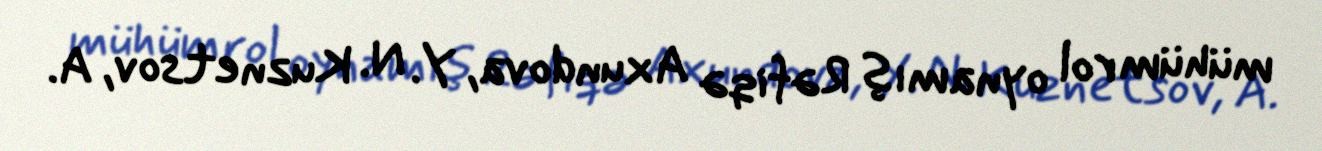
mühüm rol oynamış Rəfiqə Axundova, Y. N. Kuznetsov, A.